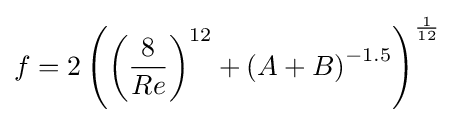
f=2\left(\left({\frac {8}{Re}}\right)^{12}+\left(A+B\right)^{-1.5}\right)^{\frac {1}{12}}